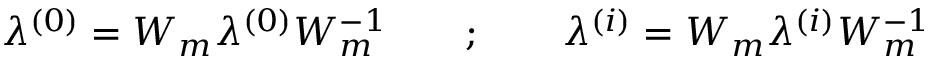
\lambda ^ { ( 0 ) } = W _ { m } \lambda ^ { ( 0 ) } W _ { m } ^ { - 1 } \quad \quad ; \quad \quad \lambda ^ { ( i ) } = W _ { m } \lambda ^ { ( i ) } W _ { m } ^ { - 1 }